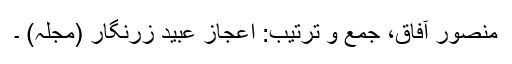
منصور آفاق، جمع و ترتیب: اعجاز عبید زرنگار (مجلہ) ۔